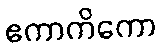
ဧကာကိကော